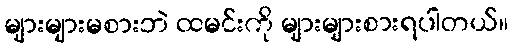
များများမစားဘဲ ထမင်းကို များများစားရပါတယ်။